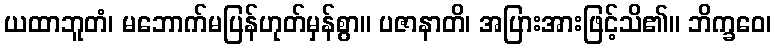
ယထာဘူတံ၊ မဘောက်မပြန်ဟုတ်မှန်စွာ။ ပဇာနာတိ၊ အပြားအားဖြင့်သိ၏။ ဘိက္ခဝေ၊